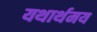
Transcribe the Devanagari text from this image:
यथार्थमय